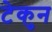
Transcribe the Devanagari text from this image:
टेकुन